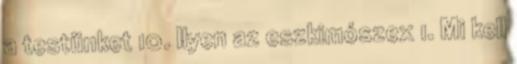
a testünket 10. Ilyen az eszkimószex 1. Mi kell